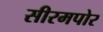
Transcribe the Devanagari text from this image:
सीरमपोर